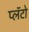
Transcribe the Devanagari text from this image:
प्लॅटो